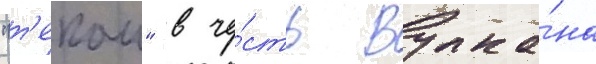
"т'екаи" в че́сть вулка́на